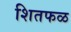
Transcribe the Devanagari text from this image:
शितफळ